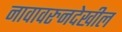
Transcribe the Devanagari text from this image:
नावावरुनदेखील